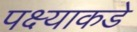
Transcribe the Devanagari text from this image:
पक्ष्याकडे